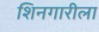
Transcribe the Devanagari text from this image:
शिनगारीला